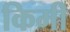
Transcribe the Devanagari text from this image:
किमी